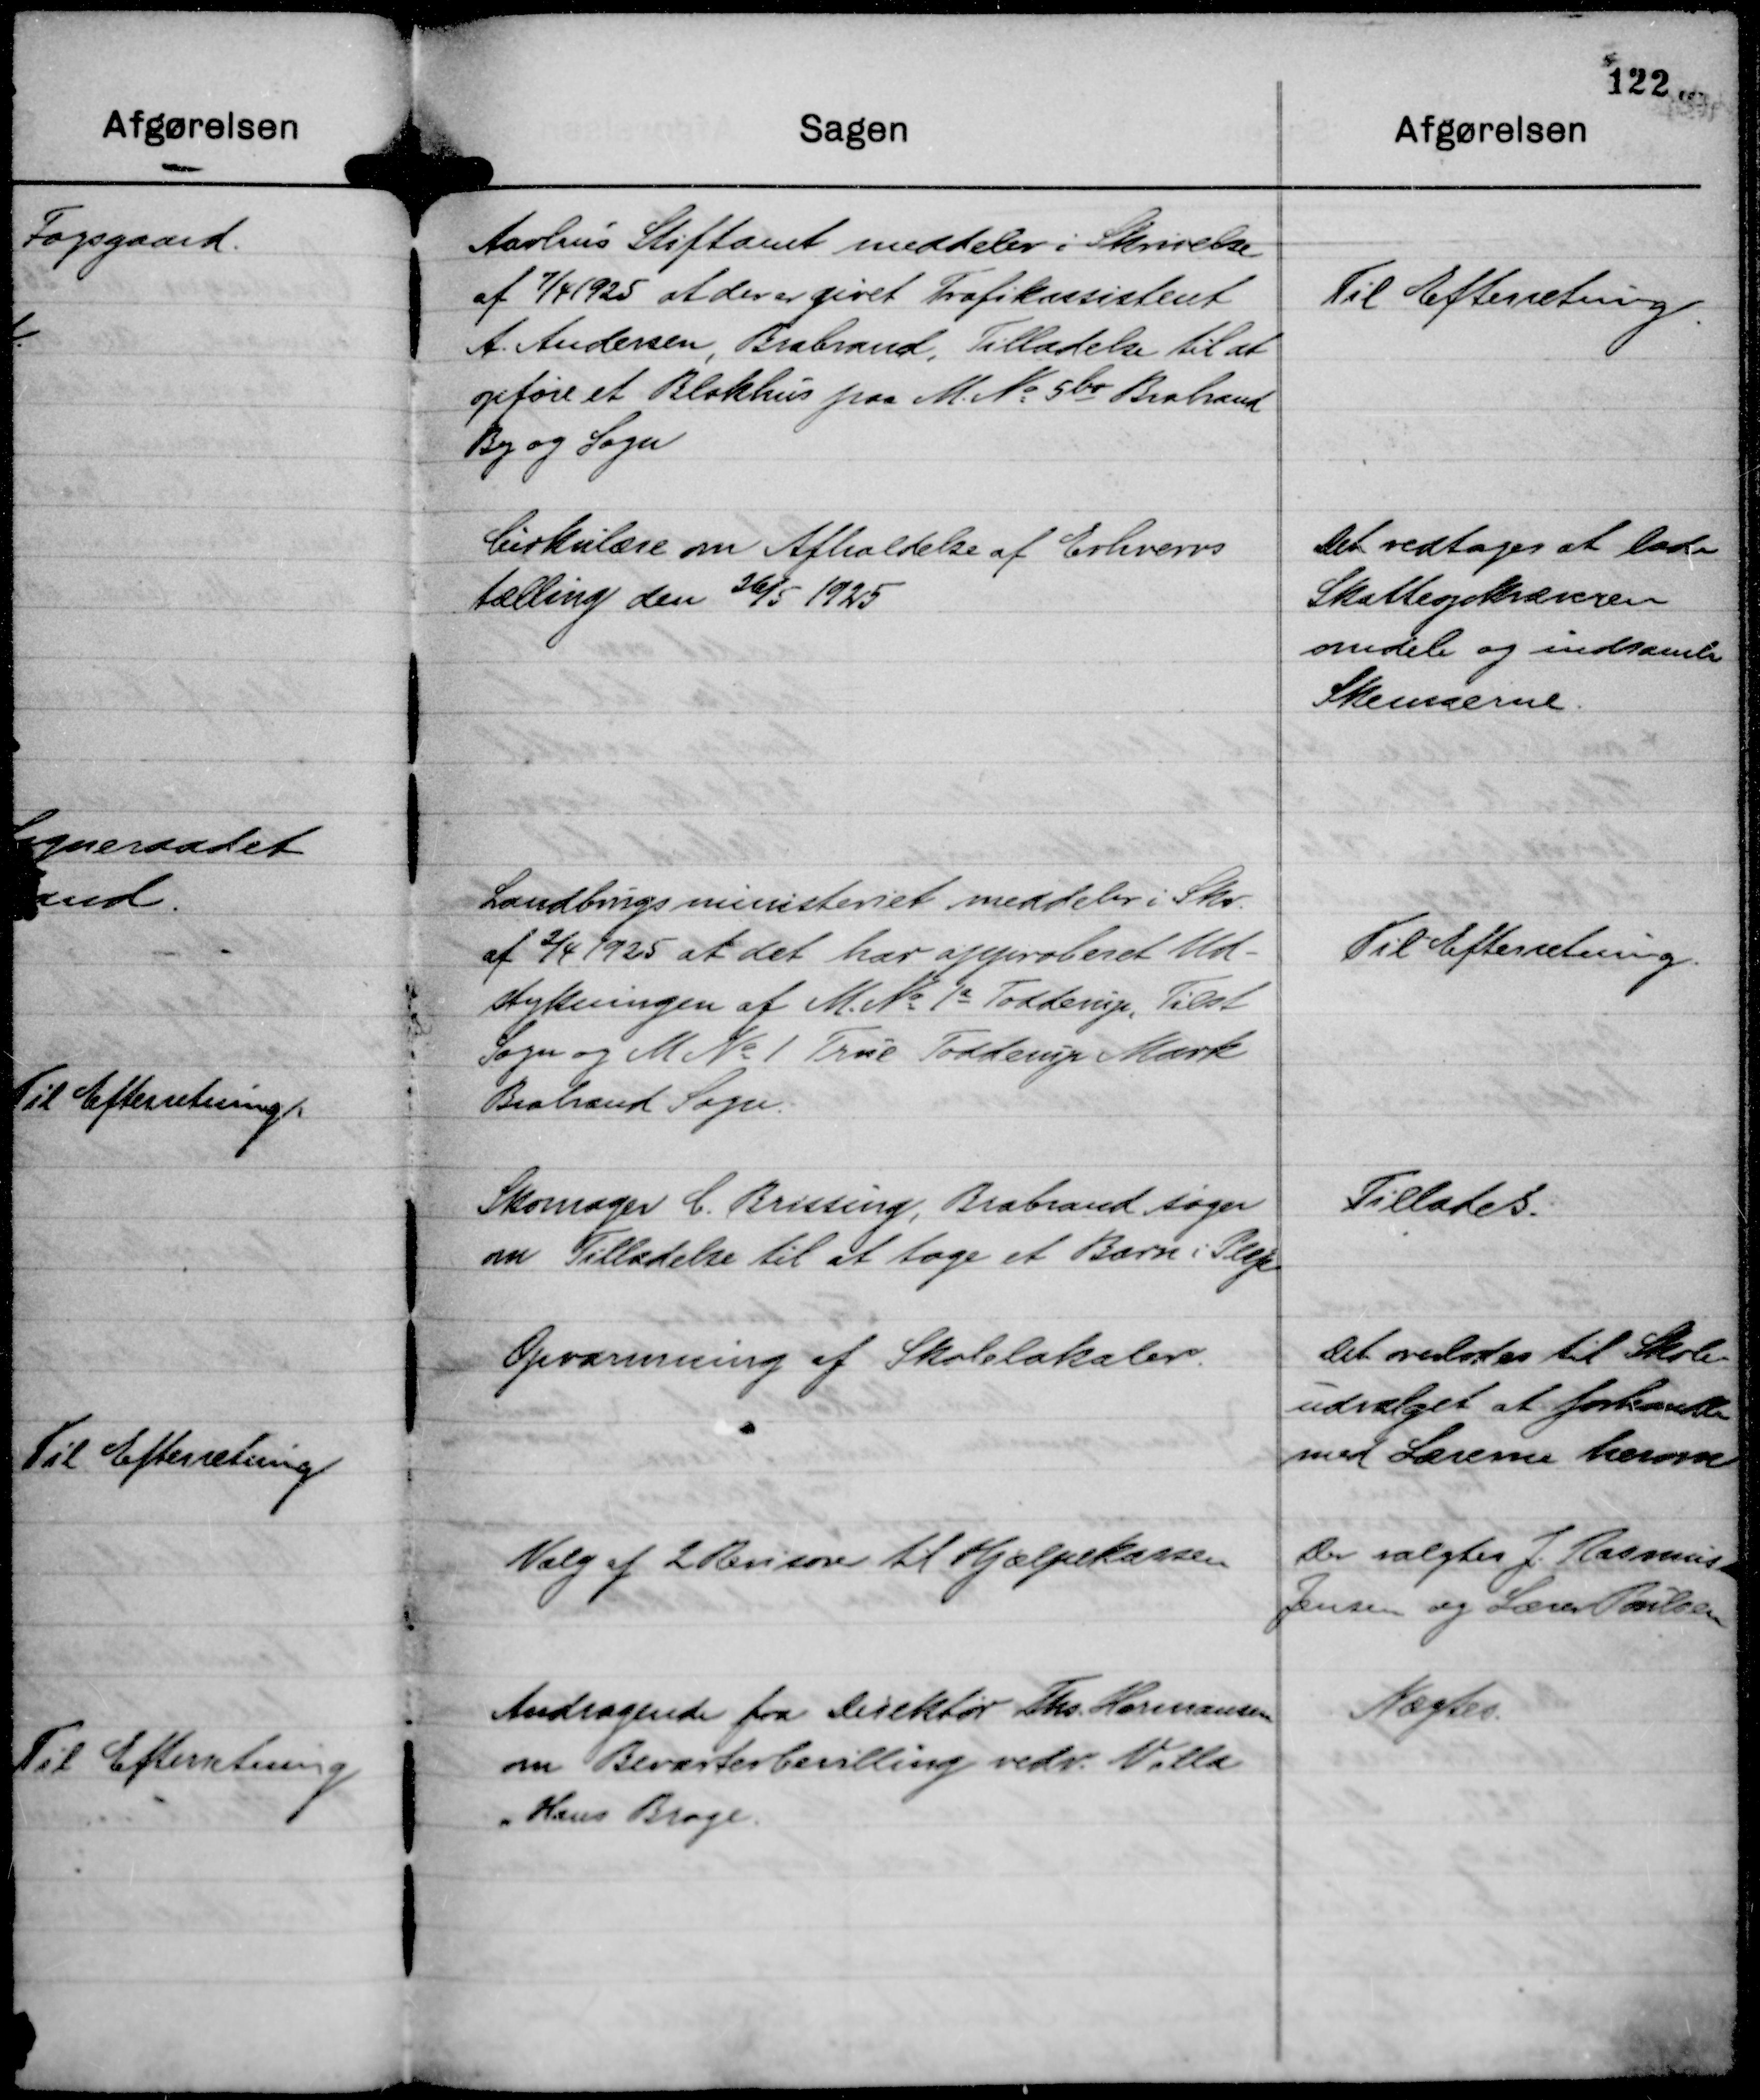
Transskription:
Aarhus Stiftamt meddeler i Skrivelse
af 7/4 1925 at der er givet Trafikassistent
A. Andersen, Brabrand, Tilladelse til at
opføre et Blokhus paa M. No 5 bo Brabrand
By og Sogn

Til Efterretning.

Cirkulære om Afholdelse af Erhvervs
tælling den 26/5 1925

Det vedtoges at lade
Skatteopkræveren
omdele og indsamle
Skemaerne.

Landbrugsministeriet meddeler i Skr.
af 2/4 1925 at det har approberet Ud-
stykningen af M. No 1 a Todderup, Tilst
Sogn og M No 1 True Todderup Mark
Brabrand Sogn.

Til Efterretning.

Skomager C. Brissing, Brabrand søger
om Tilladelse til at tage et Barn i Pleje

Tillades.

Opvarmning af Skolelokaler.

Det overlodes til Skole-
udvalget at forhandle
med Lærerne herom

Valg af 2 Revisorer til Hjælpekassen

Der valgtes J. Rasmus
Jensen og Lærer Poulsen

Andragende fra direktør Ths. Hermansen
om Beværterbevilling vedr. Villa
" Hans Broge.

Nægtes.